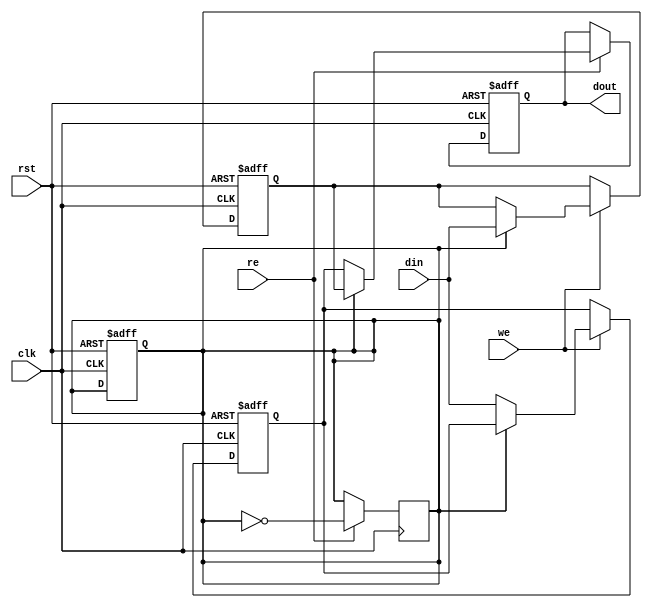
module DoubleBufferRegister (
    input wire clk,          // Clock signal
    input wire rst,          // Reset signal
    input wire we,           // Write Enable
    input wire re,           // Read Enable
    input wire [N-1:0] din,  // Data Input
    output reg [N-1:0] dout  // Data Output
);
    parameter N = 8;         // Width of the data bus
    reg [N-1:0] buffer_a;    // Buffer A
    reg [N-1:0] buffer_b;    // Buffer B
    reg active_buffer;        // Active buffer flag

    // Reset and clock edge logic
    always @(posedge clk or posedge rst) begin
        if (rst) begin
            buffer_a <= 0;     // Initialize Buffer A
            buffer_b <= 0;     // Initialize Buffer B
            active_buffer <= 0; // Start with Buffer A as active
            dout <= 0;          // Initialize output
        end else begin
            if (we) begin
                // Write to the inactive buffer
                if (active_buffer == 0) begin
                    buffer_a <= din; // Write to Buffer A
                end else begin
                    buffer_b <= din; // Write to Buffer B
                end
            end
            
            // Output logic based on read enable
            if (re) begin
                if (active_buffer == 0) begin
                    dout <= buffer_a; // Output from Buffer A
                end else begin
                    dout <= buffer_b; // Output from Buffer B
                end
            end
        end
    end

    // Toggle active buffer on read enable
    always @(posedge clk) begin
        if (re) begin
            active_buffer <= ~active_buffer; // Switch active buffer
        end
    end

endmodule